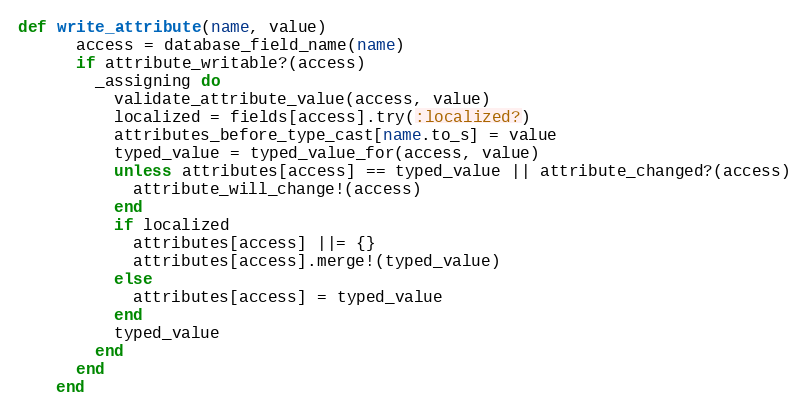
Language: Ruby
def write_attribute(name, value)
      access = database_field_name(name)
      if attribute_writable?(access)
        _assigning do
          validate_attribute_value(access, value)
          localized = fields[access].try(:localized?)
          attributes_before_type_cast[name.to_s] = value
          typed_value = typed_value_for(access, value)
          unless attributes[access] == typed_value || attribute_changed?(access)
            attribute_will_change!(access)
          end
          if localized
            attributes[access] ||= {}
            attributes[access].merge!(typed_value)
          else
            attributes[access] = typed_value
          end
          typed_value
        end
      end
    end